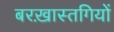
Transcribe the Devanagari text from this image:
बरख़ास्तगियों